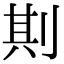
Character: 剘